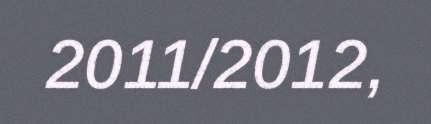
2011/2012,